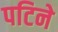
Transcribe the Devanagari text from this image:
पटिने